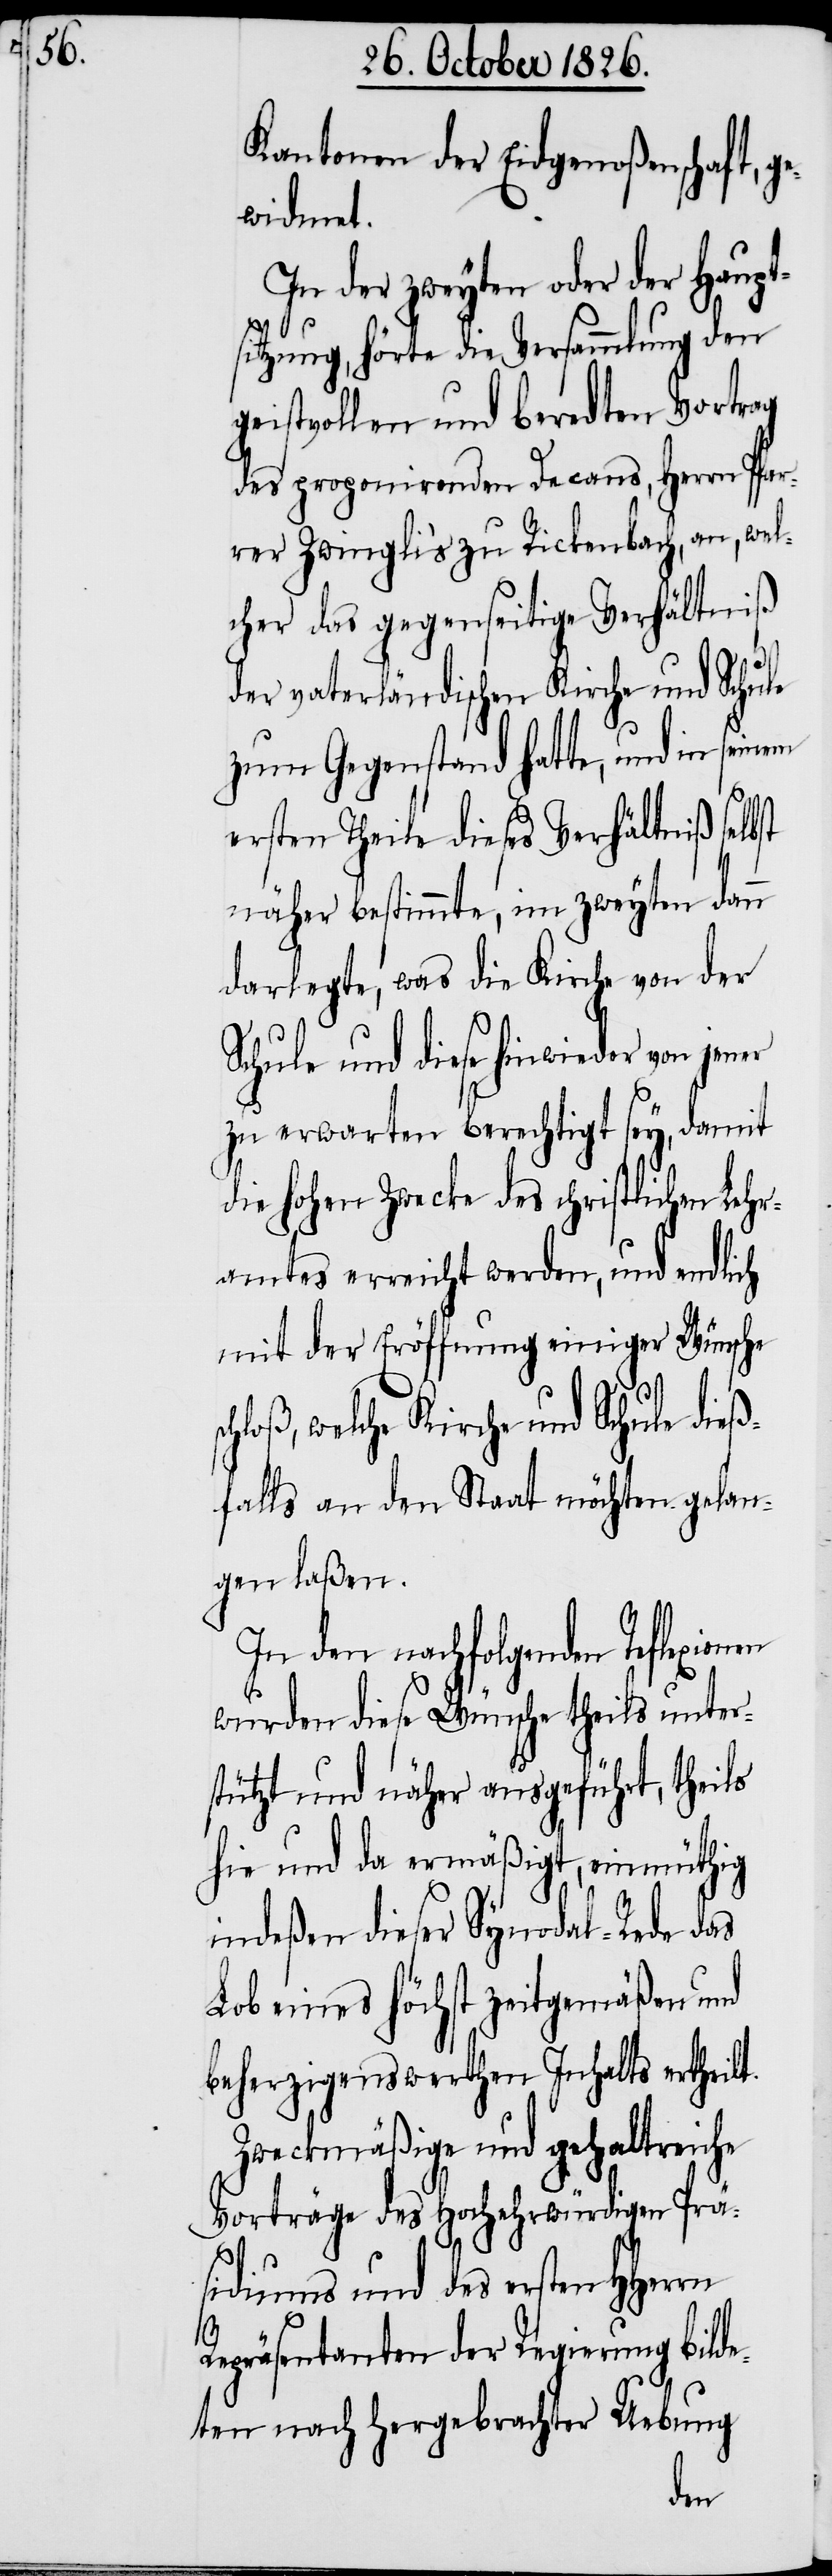
sc¬

Kantonen der Eidgenoßenschaft, g¬
ewidmet.
In der zweyten oder der Haup¬
sitzung, hörte die Versammlung den
geistvollen und beredten Vortrag
des proponirenden Decans, Herrn Pfa¬
rrer Zwingli’s zu Rickenbach, an, wel¬
cher das gegenseitige Verhältniß
der vaterländischen Kirche und Schule
zum Gegenstand hatte, und in seinem
ersten Theile dieses Verhältniß selbst
näher bestimmte, im zweyten dann
darlegte, was die Kirche von der
Schule und diese hinwieder von jener
zu erwarten berechtigt sey, damit
die hohen Zwecke des schriftlichen Lehr¬
amtes erreicht werden, und endlich
mit der Eröffnung einiger Wünsche
hloß, welche Kirche und Schule dieß¬
falls an den Staat möchten gelan¬
gen laßen.
In den nachfolgenden Reflexionen
wurden diese Wünsche theils unter¬
stützt und näher ausgeführt, theils
hie und da ermäßigt, einmüthig
indeßen dieser Synodal-Rede das
Lob eines höchst zeitgemäßen und
beherzigenswerthen Inhalts ertheilt.
Zweckmäßige und gehaltreiche
Vorträge des Hochwürdigen Prä¬
sidiums und des ersten HHerrn
Repräsentanten der Regierung bilde¬
ten nach hergebrachter Uebung
t¬